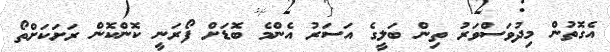
އެގޮތުން މިދުވަސްވަރު ތިން ބަލީގެ އަސަރު އެންމެ ބޮޑަށް ފޯރަނީ ކޮންކޮން ރަށަކަށްތޯ